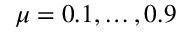
\mu = 0 . 1 , \dots , 0 . 9